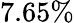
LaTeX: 7.65\%